Sketch of the medical history of the native army of Bombay, for the year
Year: 1875
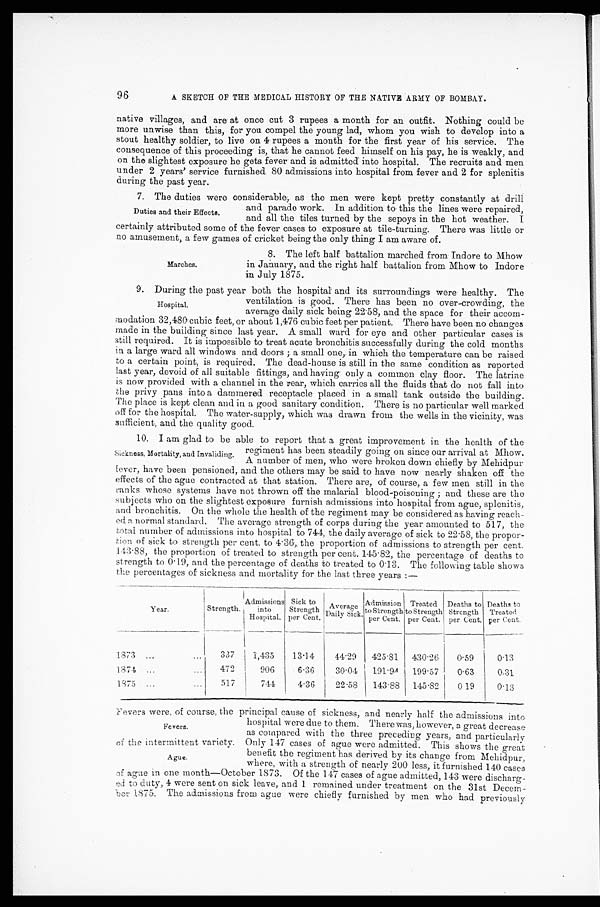
96
A SKETCH OF THE MEDICAL HISTORY OF THE NATIVE ARMY OF BOMBAY.
native villages, and are at once cut 3 rupees a month for an outfit. Nothing could be
more unwise than this, for you compel the young lad, whom you wish to develop into a
stout healthy soldier, to live on 4 rupees a month for the first year of his service. The
consequence of this proceeding is, that he cannot feed himself on his pay, he is weakly, and
on the slightest exposure he gets fever and is admitted into hospital. The recruits and men
under 2 years' service furnished 80 admissions into hospital from fever and 2 for splenitis
during the past year.
7. The duties were considerable, as the men were kept pretty constantly at drill
and parade work. In addition to this the lines were repaired,
and all the tiles turned by the sepoys in the hot weather. I
certainly attributed some of the fever cases to exposure at tile-turning. There was little or
no amusement, a few games of cricket being the only thing I am aware of.
Duties and their Effects.
Marches.
8. The left half battalion marched from Indore to Mhow
in January, and the right half battalion from Mhow to Indore
in July 1875.
9. During the past year both the hospital and its surroundings were healthy. The
ventilation is good. There has been no over-crowding, the
average daily sick being 22·58, and the space for their accom
- m o d a t i o n 3 2 , 4 8 0 c u b i c f e e t , o r a b o u t 1 , 4 7 6 c u b i c f e e t p e r p a t i e n t . T h e r e h a v e b e e n n o c h a n g e s
made in the building since last year. A small ward for eye and other particular cases is
still required. It is impossible to treat acute bronchitis successfully during the cold months
in a large ward all windows and doors; a small one, in which the temperature can be raised
to a certain point, is required. The dead-house is still in the same condition as reported
last year, devoid of all suitable fittings, and having only a common clay floor. The latrine
is now provided with a channel in the rear, which carries all the fluids that do not fall into
the privy pans into a dammered receptacle placed in a small tank outside the building.
The place is kept clean and in a good sanitary condition. There is no particular well marked
off for the hospital. The water-supply, which was drawn from the wells in the vicinity, was
sufficient, and the quality good.
10. I am glad to be able to report that a great improvement in the health of the
regiment has been steadily going on since our arrival at Mhow.
A number of men, who were broken down chiefly by Mehidpur
f e v e r , h a v e b e e n p e n s i o n e d , a n d t h e o t h e r s m a y b e s a i d t o h a v e n o w n e a r l y s h a k e n o f f t h e
effects of the ague contracted at that station. There are, of course, a few men still in the
r a n k s w h o s e s y s t e m s h a v e n o t t h r o w n o f f t h e m a l a r i a l b l o o d - p o i s o n i n g ; a n d t h e s e a r e t h e
subjects who on the slightest exposure furnish admissions into hospital from ague, splenitis,
and bronchitis. On the whole the health of the regiment may be considered as having reach
-ed a normal standard. The average strength of corps during the year amounted to 517, the
total number of admissions into hospital to 744, the daily average of sick to 22·58, the propor
- t i o n o f s i c k t o s t r e n g t h p e r c e n t . t o 4 · 3 6 , t h e p r o p o r t i o n o f a d m i s s i o n s t o s t r e n g t h p e r c e n t .
1 4 3 · 8 8 , t h e p r o p o r t i o n o f t r e a t e d t o s t r e n g t h p e r c e n t . 1 4 5 · 8 2 , t h e p e r c e n t a g e o f d e a t h s t o
strength to 0·19, and the percentage of deaths to treated to 0·13. The following table shows
the percentages of sickness and mortality for the last three years:—
Year.
Strength.
Admissions
into
Hospital.
Sick to
Strength
per Cent.
A v e r a g e D a i l y S i c k .
Admission to Strength
per Cent.
Treated
to Strength
per Cent.
Deaths to
Strength
per Cent.
Deaths to
Treated
per Cent.
1873
337
1,435
13·14
44·29
425·81 430·26
0·59
0·13
1874
472
906
6·36
30·04
199·57
199·57
0·63
0·31
1875
517
744
4·36
22·58
143·88 145·82 0·19
0·13
Fevers were, of course, the principal cause of sickness, and nearly half the admissions int
o hospital were due to them. There was, however, a great decrease
as compared with the three preceding years, and particularly
of the intermittent variety. Only 147 cases of ague were admitted. This shows the great
benefit the regiment has derived by its change from Mehidpur,
where, with a strength of nearly 200 less, it furnished 140 cases
of ague in one month—October 1873. Of the 147 cases of ague admitted, 143 were discharg
-ed to duty, 4 were sent on sick leave, and 1 remained under treatment on the 31st Decem
-ber 1875. The admissions from ague were chiefly furnished by men who had previously.
Hospital.
Sickness, Mortality, and Invaliding.
Fevers.
Ague.